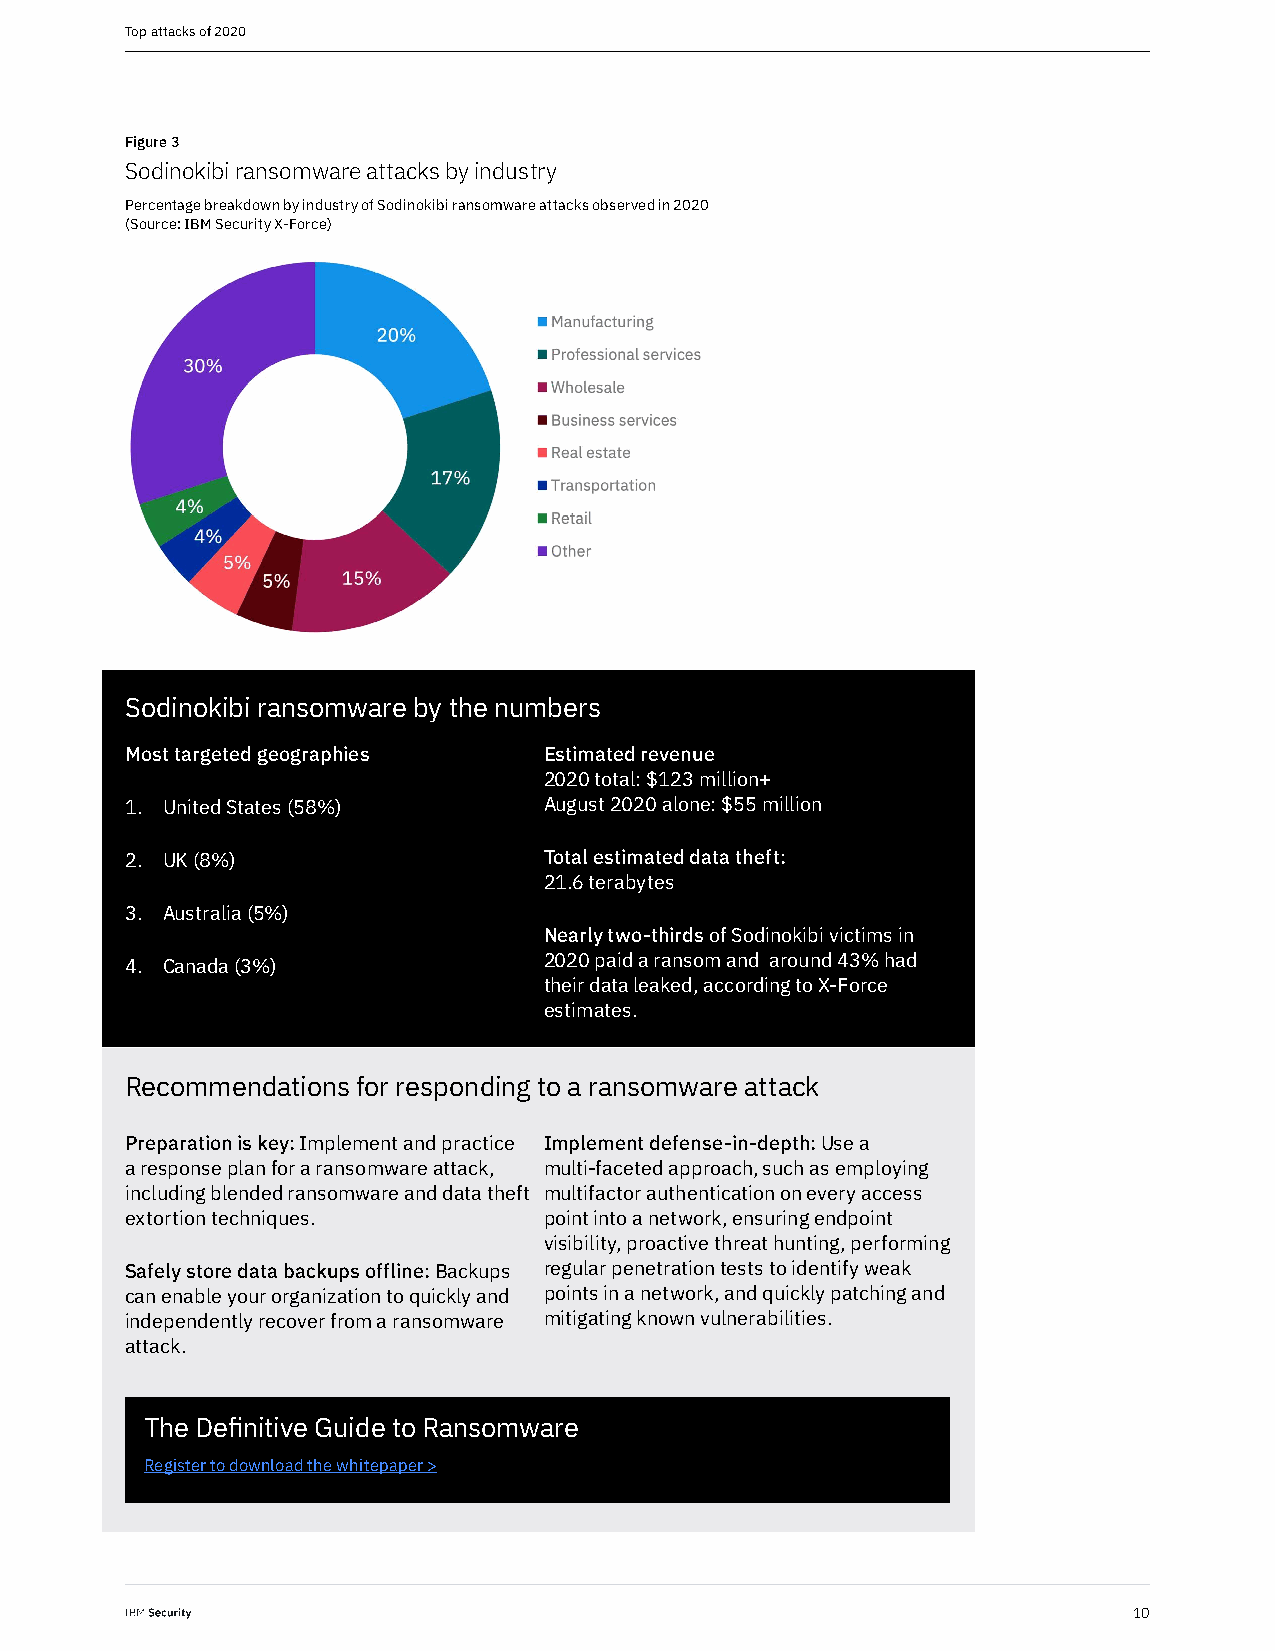
Top attacks of 2020
 Figure 3
 Sodinokibi ransomware attacks by industry
 Percentage breakdown by industry of Sodinokibi ransomware attacks observed in 2020
 (Source: IBM Security X-Force)
 Sodinokibi ransomware by the numbers
 Most targeted geographies   Estimated revenue
 2020 total: $123 million+
 1. United States (58%)      August 2020 alone: $55 million
 2. UK (8%)                  Total estimated data theft:
 21.6 terabytes
 3. Australia (5%)
 Nearly two-thirds of Sodinokibi victims in
 2020 paid a ransom and around 43% had
 4. Canada (3%)
 their data leaked, according to X-Force
 estimates.
 Recommendations for responding to a ransomware attack
 Preparation is key: Implement and practice Implement defense-in-depth: Use a
 a response plan for a ransomware attack, multi-faceted approach, such as employing
 including blended ransomware and data theft multifactor authentication on every access
 extortion techniques.       point into a network, ensuring endpoint
 visibility, proactive threat hunting, performing
 Safely store data backups offline: Backups regular penetration tests to identify weak
 can enable your organization to quickly and points in a network, and quickly patching and
 independently recover from a ransomware mitigating known vulnerabilities.
 attack.
 The Definitive Guide to Ransomware
 Register to download the whitepaper >
 10